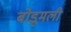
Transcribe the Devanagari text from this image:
बोडूमली